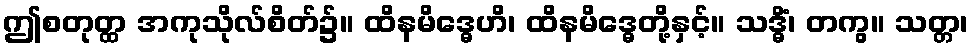
ဤစတုတ္ထ အကုသိုလ်စိတ်၌။ ထိနမိဒ္ဓေဟိ၊ ထိနမိဒ္ဓေတို့နှင့်။ သဒ္ဓိံ၊ တကွ။ သတ္တ၊